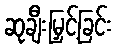
ဆုချီးမြှင့်ခြင်း